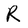
Character: R